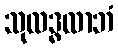
သုလဒ္ဓလာဘံ